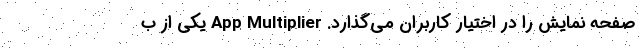
صفحه نمایش را در اختیار کاربران می‌گذارد. App Multiplier یکی از ب